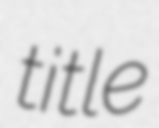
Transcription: title